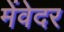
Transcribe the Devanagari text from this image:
मेंवेदर